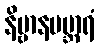
နိဗ္ဗာနပဗ္ဘာရံ